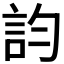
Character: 𧥺